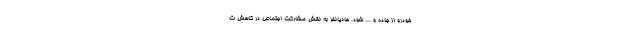
خودرو از جاده و ... شود. هادیانفر به نقش مشارکت اجتماعی در کاهش ت